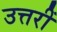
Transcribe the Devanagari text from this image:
उत्तरीं